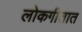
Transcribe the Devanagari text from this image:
लोकगीतात